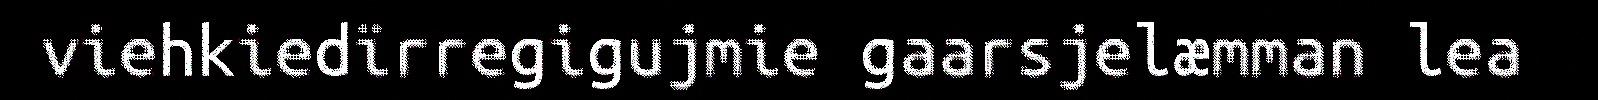
viehkiedïrregigujmie gaarsjelæmman lea